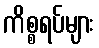
ကိစ္စရပ်များ